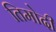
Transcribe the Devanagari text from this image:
तिमोदी